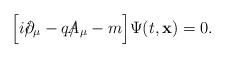
LaTeX: \begin{align*}\Bigl[ i \slash{\hspace{-0.2cm}}{\partial}_{\mu} - q \slash{\hspace{-0.25cm}}{A}_{\mu} - m \Bigr] \Psi (t, {\bf x}) = 0. \end{align*}